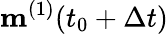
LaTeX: \mathbf{m}^{(1)}(t_{0}+\Delta t)